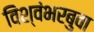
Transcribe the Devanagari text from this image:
विश्वंभरबुवा